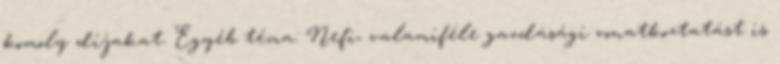
komoly díjakat. Egyéb téma: Nefi, valamiféle gazdasági vonatkoztatást is